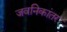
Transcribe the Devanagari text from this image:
जवनिकांतर